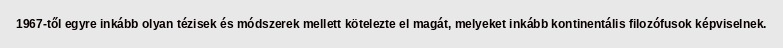
1967-től egyre inkább olyan tézisek és módszerek mellett kötelezte el magát, melyeket inkább kontinentális filozófusok képviselnek.